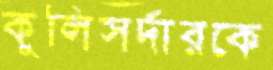
কুলিসর্দারকে